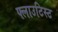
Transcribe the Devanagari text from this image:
फ्लाउटिस्ट